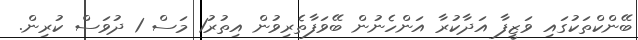
ބޭންކްތަކުގައި ވަޒީފާ އަދާކުރާ އަންހެނުން ބޭވަފާތެރިވުން އިތުރު1 މަސް 1 ދުވަސް ކުރިން.